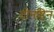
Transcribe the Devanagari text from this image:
टोनहिन